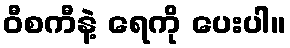
ဝီစကီနဲ့ ရေကို ပေးပါ။